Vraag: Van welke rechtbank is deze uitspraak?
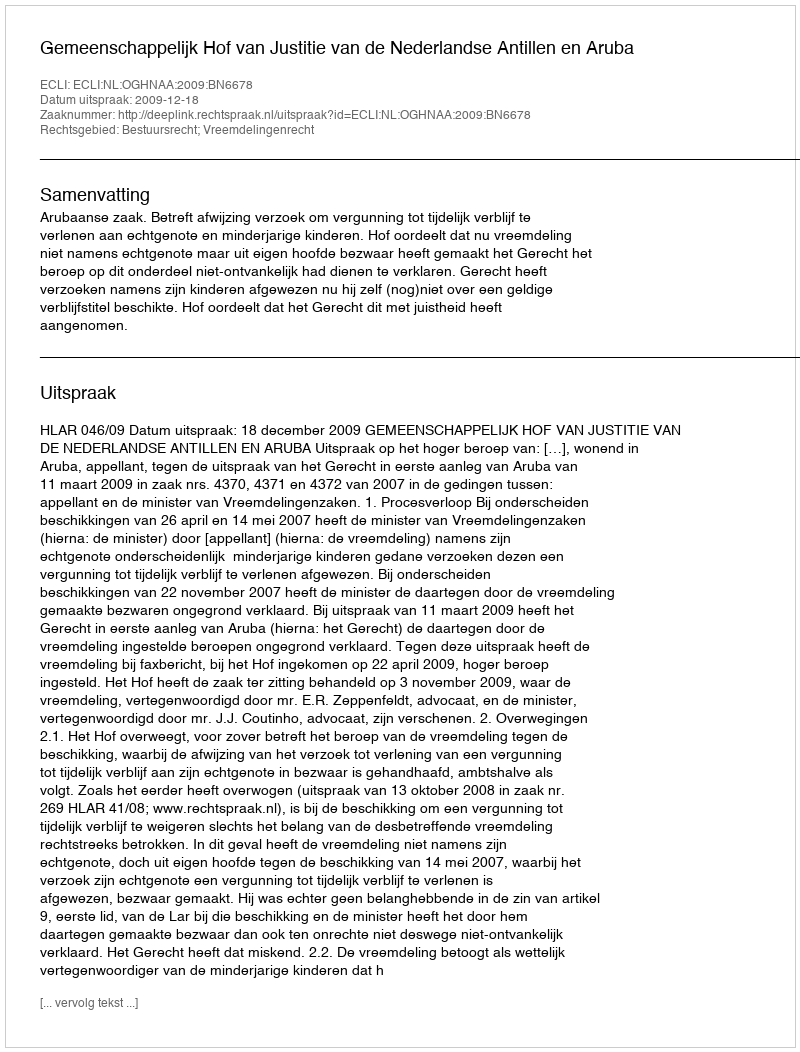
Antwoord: Gemeenschappelijk Hof van Justitie van de Nederlandse Antillen en Aruba